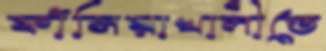
ফাঁসিয়াখালীতে